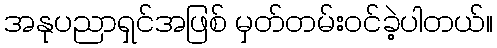
အနုပညာရှင်အဖြစ် မှတ်တမ်းဝင်ခဲ့ပါတယ်။